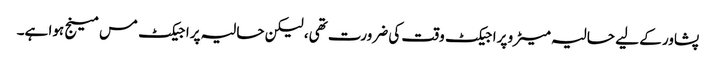
پشاور کے لیے حالیہ میٹرو پراجیکٹ وقت کی ضرورت تھی، لیکن حالیہ پراجیکٹ مس مینج ہوا ہے۔